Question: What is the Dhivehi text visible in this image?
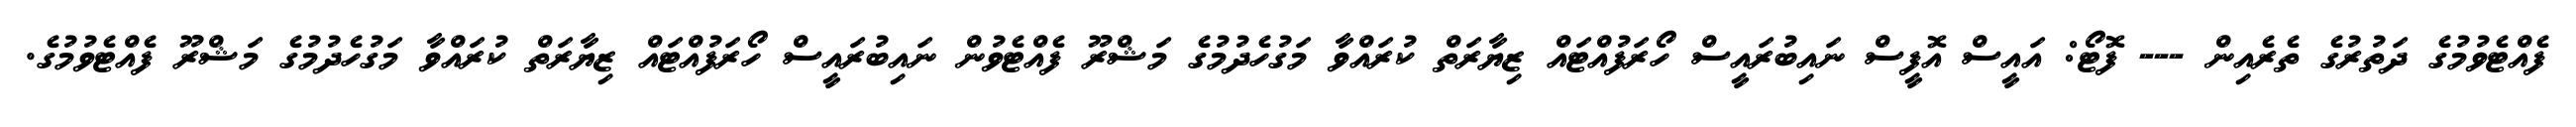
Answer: ފެއްޓެވުމުގެ ދަތުރުގެ ތެރެއިން --- ފޮޓޯ: އައީސް އޮފީސް ނައިބުރައީސް ހޯރަފުއްޓައް ޒިޔާރަތް ކުރައްވާ މަގުހެދުމުގެ މަޝްރޫ ފެއްޓެވުން ނައިބުރައީސް ހޯރަފުއްޓައް ޒިޔާރަތް ކުރައްވާ މަގުހެދުމުގެ މަޝްރޫ ފެއްޓެވުމުގެ.